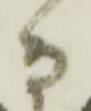
而